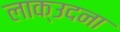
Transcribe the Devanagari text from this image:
लाक्उदना